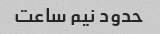
حدود نیم ساعت